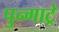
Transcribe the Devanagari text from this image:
पुन्गाट्रे